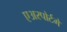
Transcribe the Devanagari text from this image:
एअरपोर्टमे